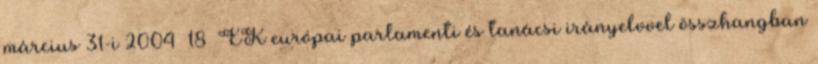
március 31-i 2004 18 EK európai parlamenti és tanácsi irányelvvel összhangban